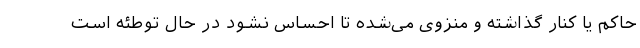
حاکم یا کنار گذاشته و منزوی می‌شده تا احساس نشود در حال توطئه است